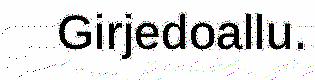
Girjedoallu.